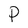
Character: P